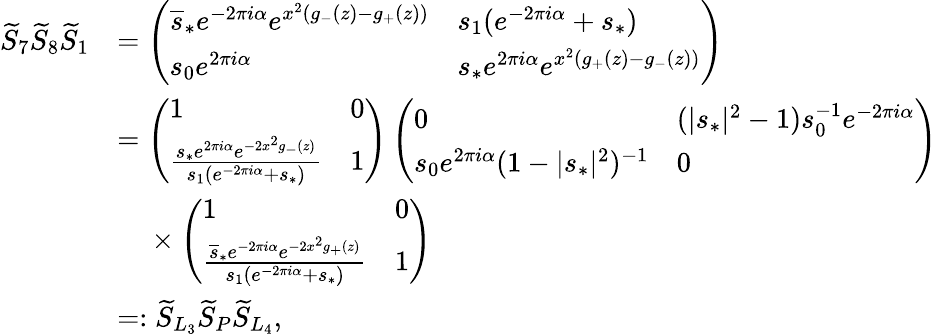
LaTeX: \begin{array}{rl}{\widetilde{S}_{7}\widetilde{S}_{8}\widetilde{S}_{1}}&{=\left(\begin{array}{ll}{\overline{{s}}_{*}e^{-2\pi i\alpha}e^{x^{2}(g_{-}(z)-g_{+}(z))}}&{s_{1}(e^{-2\pi i\alpha}+s_{*})}\\ {s_{0}e^{2\pi i\alpha}}&{s_{*}e^{2\pi i\alpha}e^{x^{2}(g_{+}(z)-g_{-}(z))}}\end{array}\right)}\\ &{=\left(\begin{array}{ll}{1}&{0}\\ {\frac{s_{*}e^{2\pi i\alpha}e^{-2x^{2}g_{-}(z)}}{s_{1}(e^{-2\pi i\alpha}+s_{*})}}&{1}\end{array}\right)\left(\begin{array}{ll}{0}&{(|s_{*}|^{2}-1)s_{0}^{-1}e^{-2\pi i\alpha}}\\ {s_{0}e^{2\pi i\alpha}(1-|s_{*}|^{2})^{-1}}&{0}\end{array}\right)}\\ &{~~~~\times\left(\begin{array}{ll}{1}&{0}\\ {\frac{\overline{{s}}_{*}e^{-2\pi i\alpha}e^{-2x^{2}g_{+}(z)}}{s_{1}(e^{-2\pi i\alpha}+s_{*})}}&{1}\end{array}\right)}\\ &{=:\widetilde{S}_{L_{3}}\widetilde{S}_{P}\widetilde{S}_{L_{4}},}\end{array}